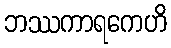
ဘဿကာရကေဟိ